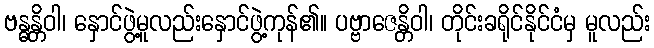
ဗန္ဓန္တိဝါ၊ နှောင်ဖွဲ့မူလည်းနှောင်ဖွဲ့ကုန်၏။ ပဗ္ဗာဇေန္တိဝါ၊ တိုင်းခရိုင်နိုင်ငံမှ မူလည်း